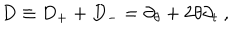
D \equiv D _ { + } + D _ { - } = \partial _ { \theta } + 2 \theta \partial _ { t } \ ,